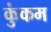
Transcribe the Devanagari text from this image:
कुंकम